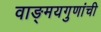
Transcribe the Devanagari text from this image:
वाङ्‌मयगुणांची